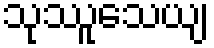
သုဿူသေယျ